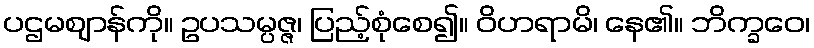
ပဌမဈာန်ကို။ ဥပသမ္ပဇ္ဇ၊ ပြည့်စုံစေ၍။ ဝိဟရာမိ၊ နေ၏။ ဘိက္ခဝေ၊